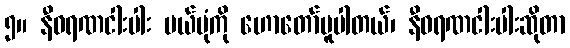
၅။ နီဝရဏငါးပါး ပယ်ပုံကို ဟောတော်မူပါတယ်၊ နီဝရဏငါးပါးဆိုတာ